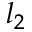
l _ { 2 }